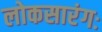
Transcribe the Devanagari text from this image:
लोकसारंगः